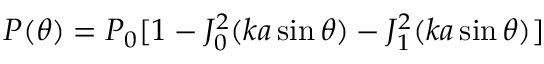
P ( \theta ) = P _ { 0 } [ 1 - J _ { 0 } ^ { 2 } ( k a \sin \theta ) - J _ { 1 } ^ { 2 } ( k a \sin \theta ) ]